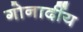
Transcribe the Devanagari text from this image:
गोनार्दीय